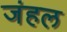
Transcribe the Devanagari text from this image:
जंहल